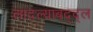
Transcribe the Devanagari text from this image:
लादल्याबद्द्ल